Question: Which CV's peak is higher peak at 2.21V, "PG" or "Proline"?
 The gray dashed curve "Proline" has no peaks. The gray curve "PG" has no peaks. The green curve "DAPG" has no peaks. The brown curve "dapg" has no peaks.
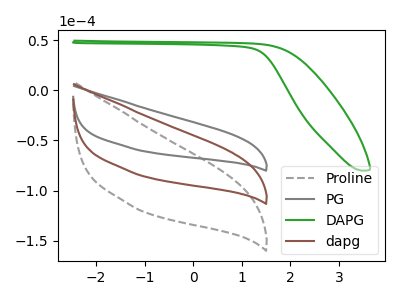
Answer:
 <answer>"PG" and "Proline" dont share a peak at 2.21V.</answer>
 <eval>mismatch</eval>